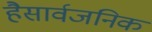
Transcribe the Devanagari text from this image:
हैसार्वजनिक